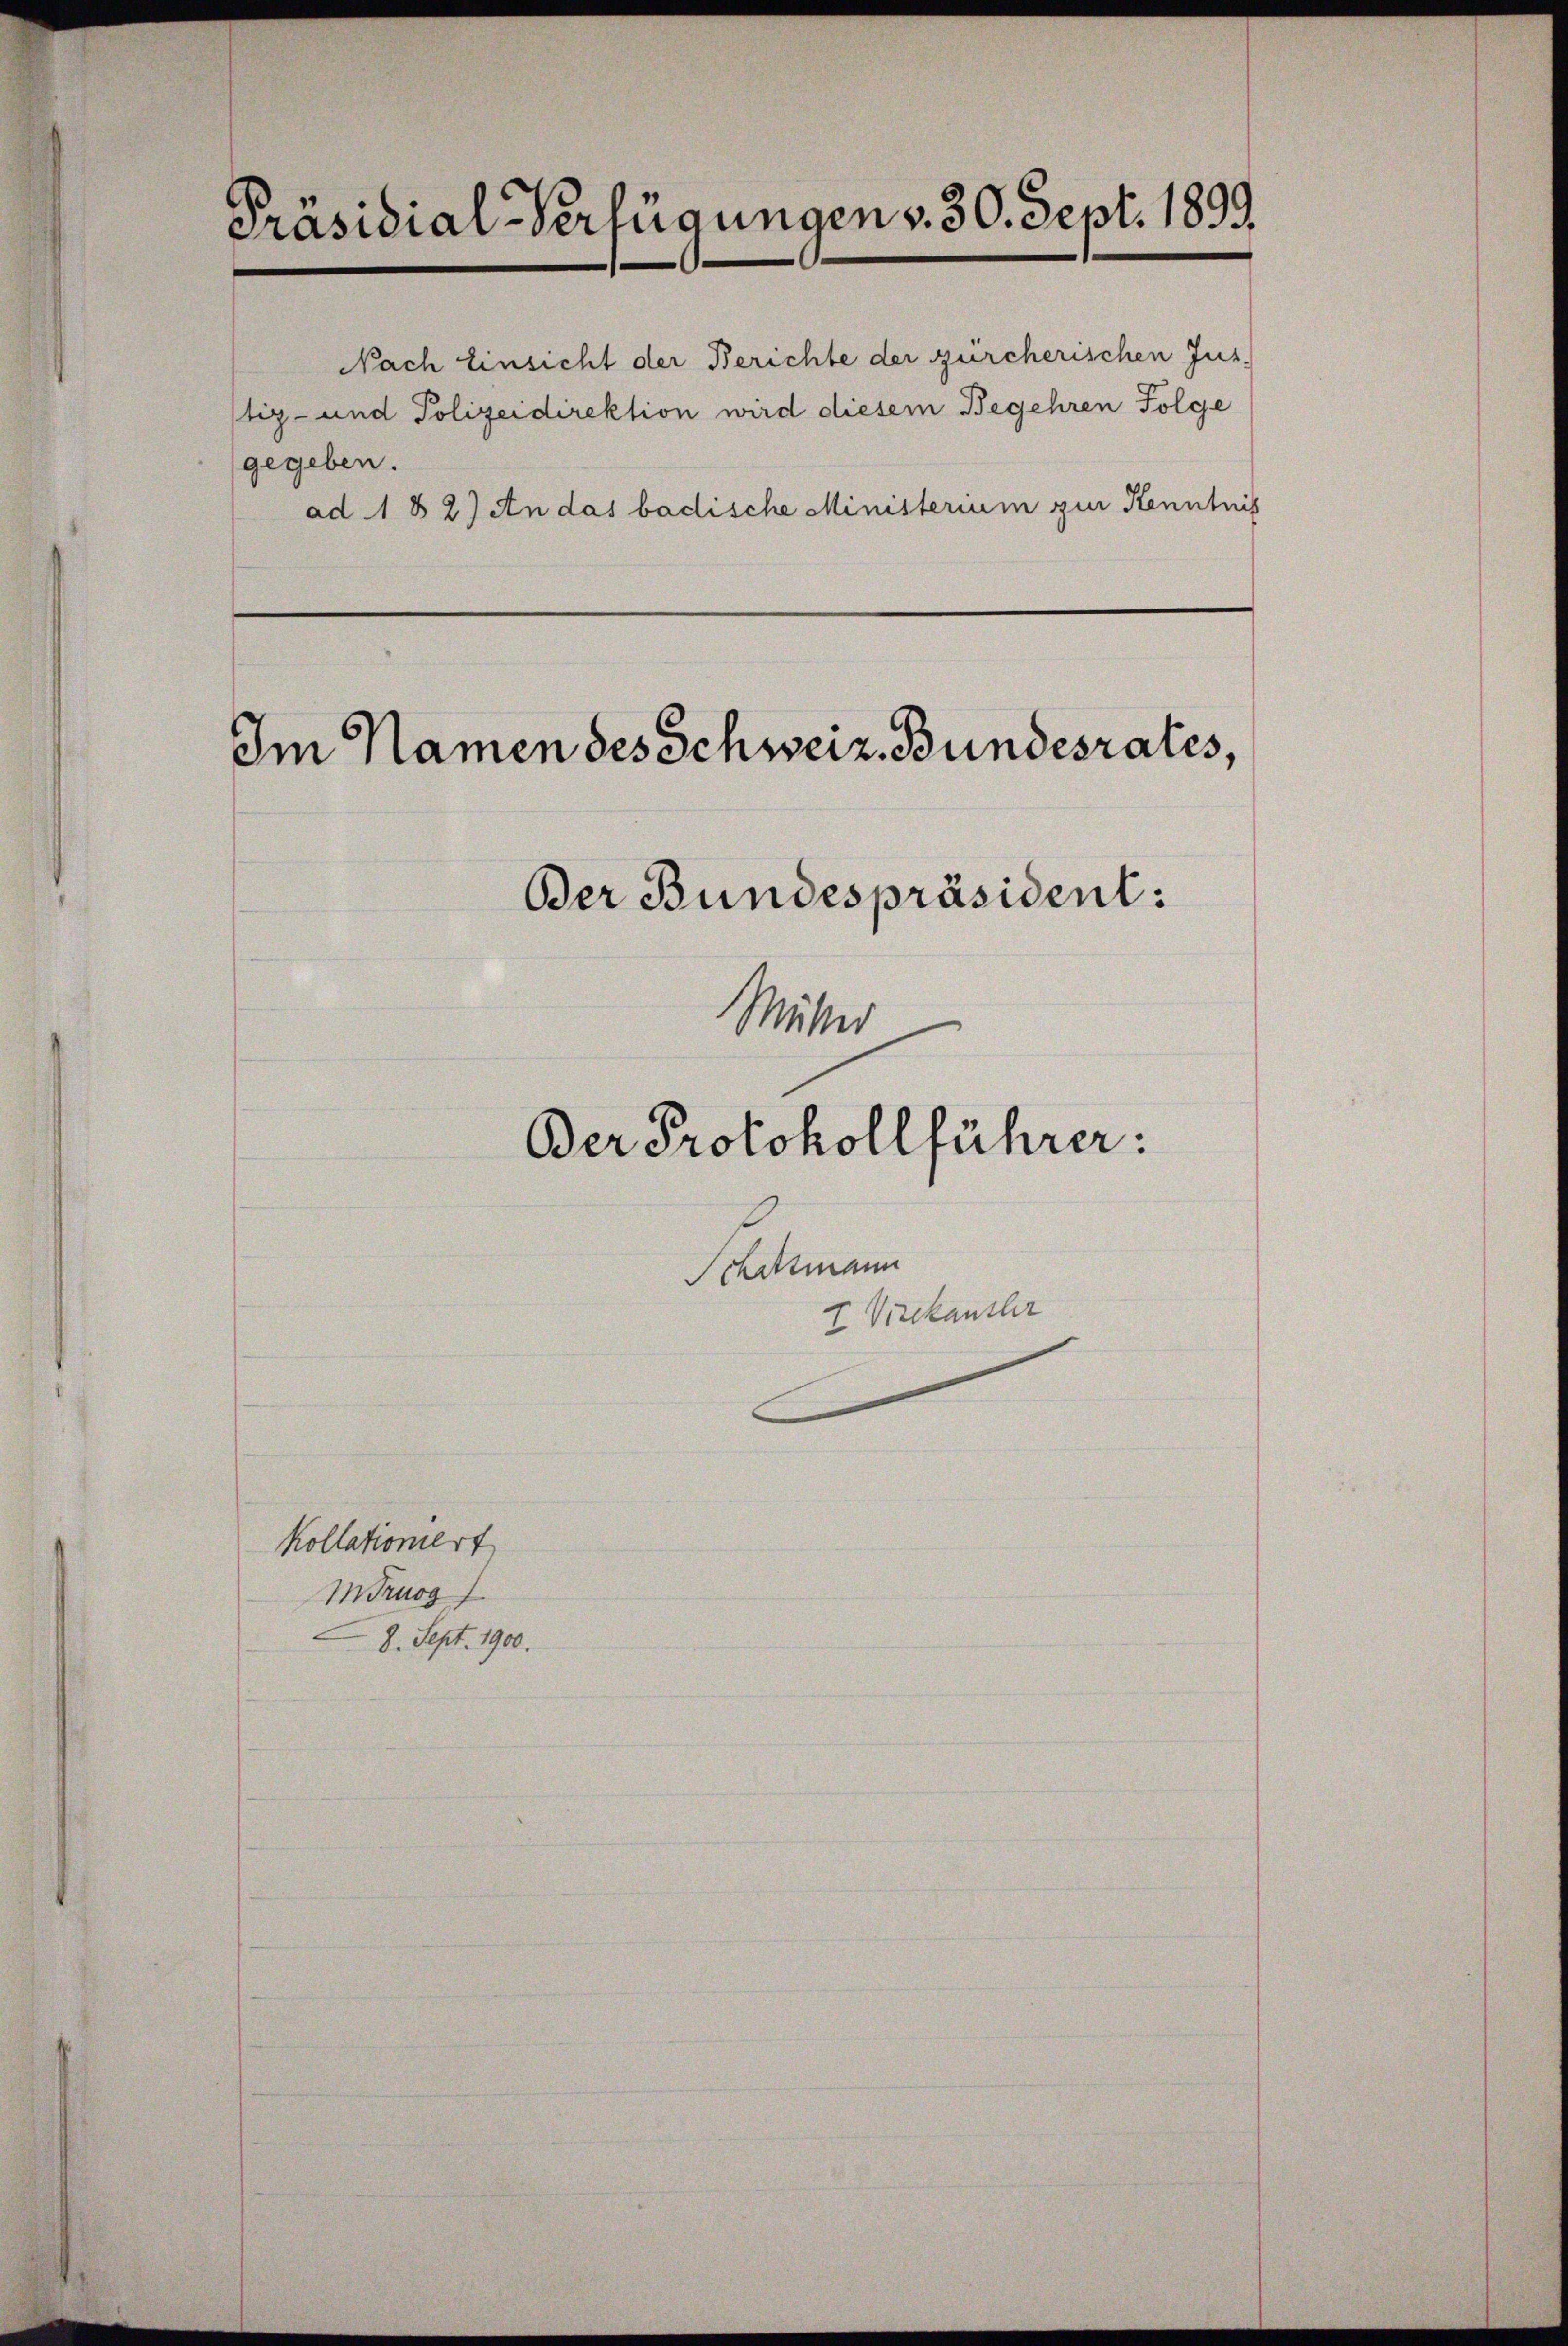
Präsidial-Verfügungen v. 30. Sept. 1899.

Nach Einsicht der Berichte der zürcherischen Jus
tiz- und Polizeidirektion wird diesem Begehren Folge
gegeben.
ad 182) An das badische Ministerium zur Kenntnis

Im Namen des Schweiz. Bundesrates,
Der Bundespräsident:

Mitter

kollationiert
MTruog
8. Sept. 1900.

Der Protokollführer:

Schattmann
I Virckensher